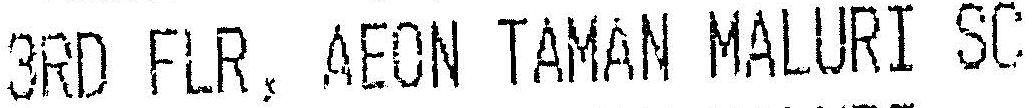
3RD FLR, AEON TAMAN MALURI SC